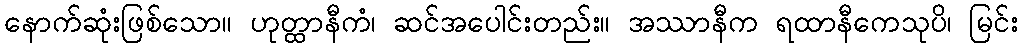
နောက်ဆုံးဖြစ်သော။ ဟုတ္ထာနီကံ၊ ဆင်အပေါင်းတည်း။ အဿာနီက ရထာနီကေသုပိ၊ မြင်း